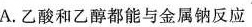
A.乙酸和乙醇都能与金属钠反应